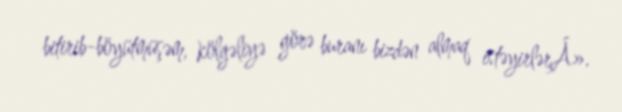
bitirib-böyütmüşəm, kölgəliyə görə buranı bizdən almaq istəyirlərÂ».